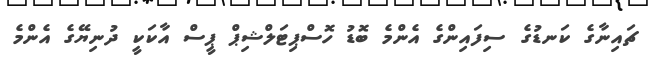
ޗައިނާގެ ކަނޑުގެ ސިފައިންގެ އެންމެ ބޮޑު ހޮސްޕިޓަލްޝިޕް ޕީސް އާކަކީ ދުނިޔޭގެ އެންމެ